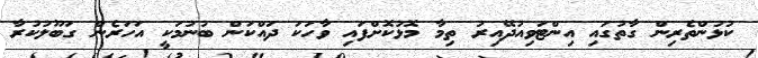
ކުޅުންތެރިން ގާތުގައި އިންޓަވިއުދޭއިރު ތިމާ މޮޅުކޮށްފައި ވާހަކަ ދައްކަން ބުނުމަކީ އަހަރެން ގަބޫލުކުރާ